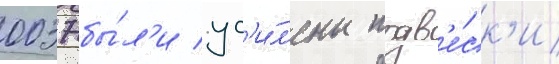
0037 бы́л'и ус'и́л'ены подв'е́ск'и